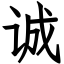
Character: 诚